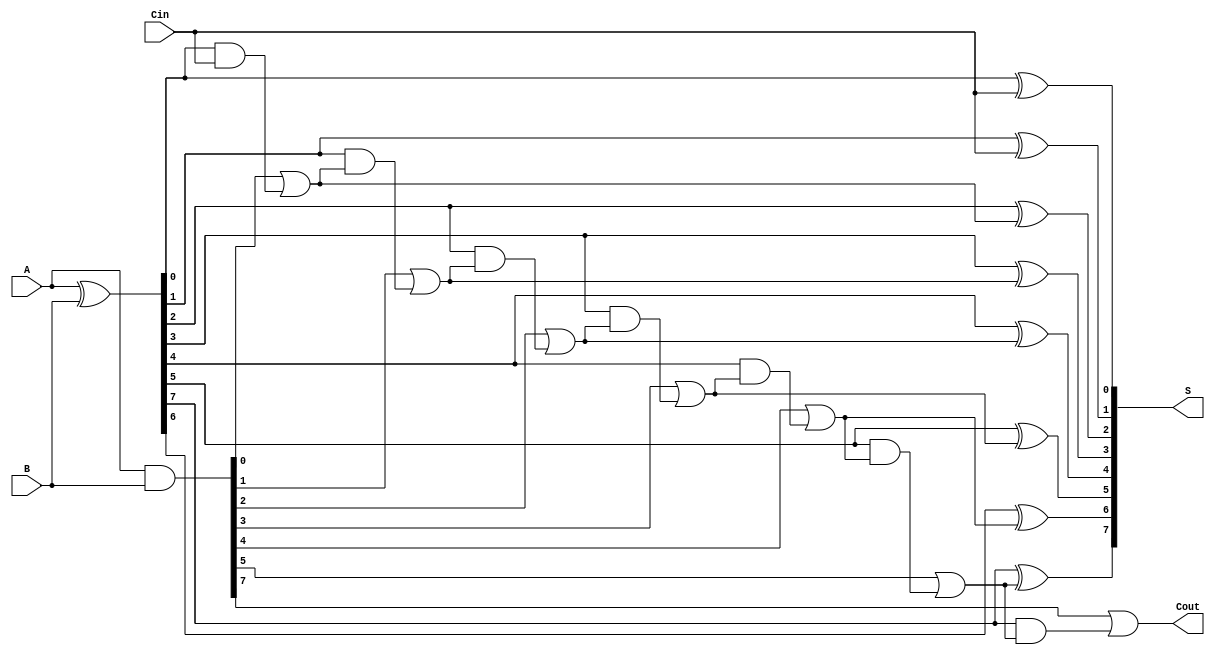
module KoggeStoneAdder #(parameter n = 8) (
    input [n-1:0] A,      // First n-bit input
    input [n-1:0] B,      // Second n-bit input
    input Cin,            // Carry-in
    output [n-1:0] S,     // Sum output
    output Cout           // Carry-out
);

    // Generate and Propagate signals
    wire [n-1:0] G; // Generate signals
    wire [n-1:0] P; // Propagate signals

    assign G = A & B;         // Generate
    assign P = A ^ B;         // Propagate

    // Carry signals
    wire [n-1:0] C [0:0]; // Carry signals for stage 0
    assign C[0][0] = Cin;  // Initial carry-in

    // Carry generation for stage 0
    genvar i;
    generate
        for (i = 1; i < n; i = i + 1) begin : carry_stage_0
            assign C[0][i] = G[i-1] | (P[i-1] & C[0][i-1]);
        end
    endgenerate

    // Carry generation for subsequent stages
    genvar k, j;
    generate
        for (k = 1; k < $clog2(n); k = k + 1) begin : carry_stages
            for (j = 0; j < n; j = j + 1) begin : carry_gen
                if (j == 0) begin
                    assign C[k][j] = G[j] | (P[j] & C[k-1][j]);
                end else if (j == 1) begin
                    assign C[k][j] = G[j] | (P[j] & G[j-1]) | (P[j] & P[j-1] & C[k-1][j-2]);
                end else begin
                    assign C[k][j] = G[j] | (P[j] & G[j-1]) | (P[j] & P[j-1] & C[k-1][j-2]);
                end
            end
        end
    endgenerate

    // Sum calculation
    assign S[0] = P[0] ^ Cin; // First sum bit
    generate
        for (i = 1; i < n; i = i + 1) begin : sum_gen
            assign S[i] = P[i] ^ C[0][i-1];
        end
    endgenerate

    // Final carry-out
    assign Cout = G[n-1] | (P[n-1] & C[0][n-2]);

endmodule